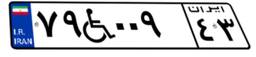
۷۹W۰۰۹۴۳